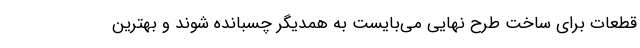
قطعات برای ساخت طرح نهایی می‌بایست به همدیگر چسبانده شوند و بهترین